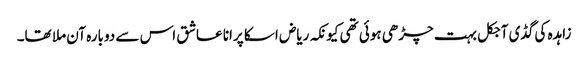
زاہدہ کی گڈی آجکل بہت چڑھی ہوئی تھی کیونکہ ریاض اسکا پرانا عاشق اس سے دوبارہ آن ملا تھا۔